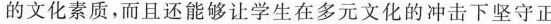
的文化素质，而且还能够让学生在多元文化的冲击下坚守正